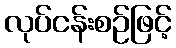
လုပ်ငန်းစဉ်ဖြင့်